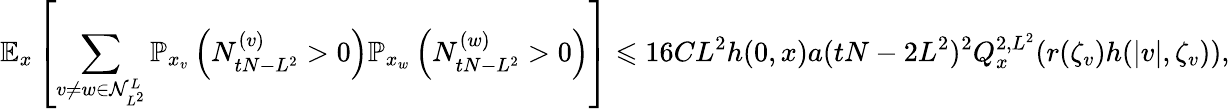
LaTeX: \mathbb{E}_{x}\left[\sum_{v\neq w\in\mathcal{N}_{L^{2}}^{L}}\mathbb{P}_{x_{v}}\left(N_{tN-L^{2}}^{(v)}>0\right)\mathbb{P}_{x_{w}}\left(N_{tN-L^{2}}^{(w)}>0\right)\right]\leqslant 16CL^{2}h(0,x)a(tN-2L^{2})^{2}{Q_{x}^{2,L^{2}}(r(\zeta_{v})h(|v|,\zeta_{v})),}